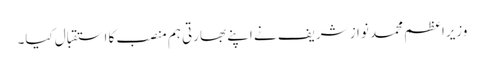
وزیراعظم محمد نواز شریف نے اپنے بھارتی ہم منصب کا استقبال کیا۔